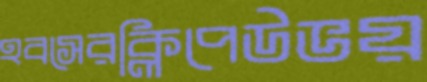
হবসেরক্লিপেউভয়